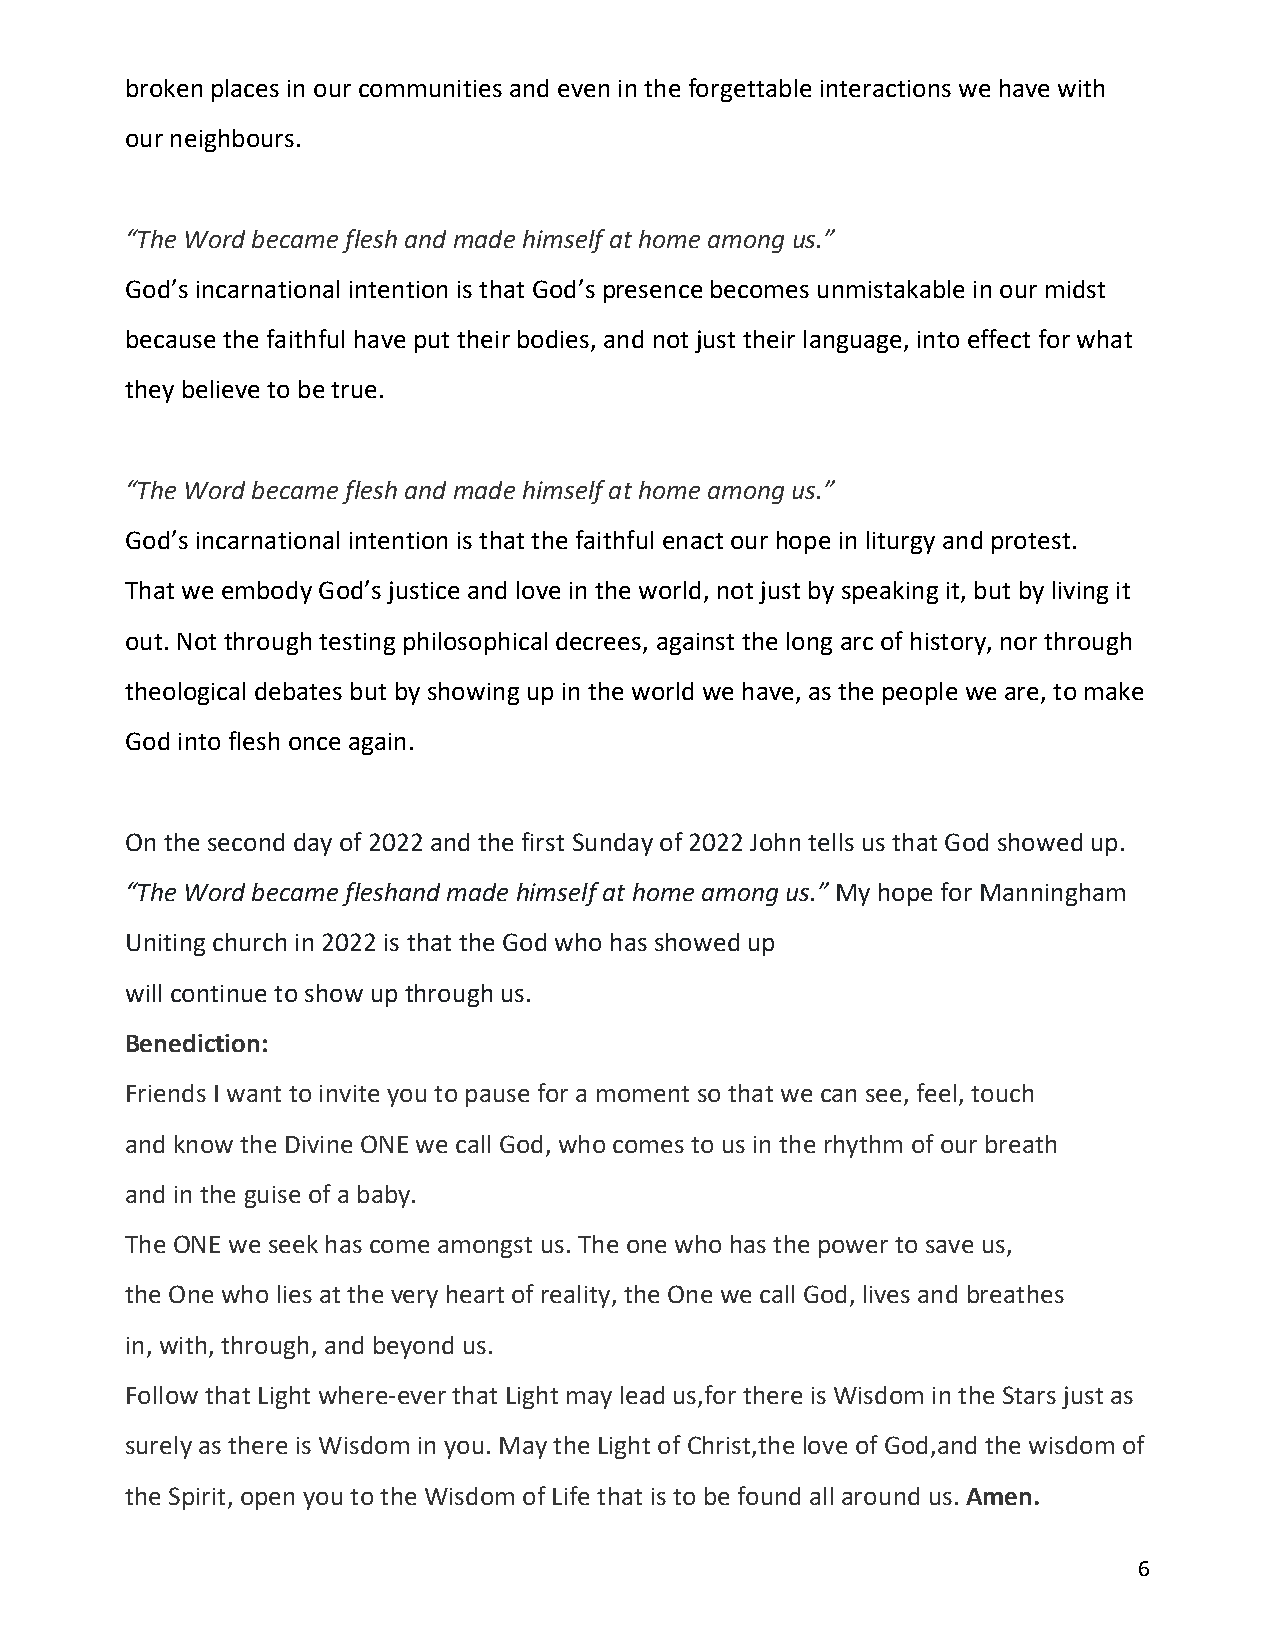
broken places in our communities and even in the forgettable interactions we have with
 our neighbours.
 “The Word became flesh and made himself at home among us.”
 God’s incarnational intention is that God’s presence becomes unmistakable in our midst
 because the faithful have put their bodies, and not just their language, into effect for what
 they believe to be true.
 “The Word became flesh and made himself at home among us.”
 God’s incarnational intention is that the faithful enact our hope in liturgy and protest.
 That we embody God’s justice and love in the world, not just by speaking it, but by living it
 out. Not through testing philosophical decrees, against the long arc of history, nor through
 theological debates but by showing up in the world we have, as the people we are, to make
 God into flesh once again.
 On the second day of 2022 and the first Sunday of 2022 John tells us that God showed up.
 “The Word became fleshand made himself at home among us.” My hope for Manningham
 Uniting church in 2022 is that the God who has showed up
 will continue to show up through us.
 Benediction:
 Friends I want to invite you to pause for a moment so that we can see, feel, touch
 and know the Divine ONE we call God, who comes to us in the rhythm of our breath
 and in the guise of a baby.
 The ONE we seek has come amongst us. The one who has the power to save us,
 the One who lies at the very heart of reality, the One we call God, lives and breathes
 in, with, through, and beyond us.
 Follow that Light where‐ever that Light may lead us,for there is Wisdom in the Stars just as
 surely as there is Wisdom in you. May the Light of Christ,the love of God,and the wisdom of
 the Spirit, open you to the Wisdom of Life that is to be found all around us. Amen.
 6